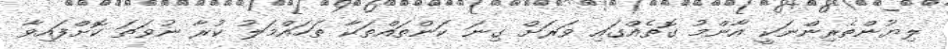
ލިޔުންތެރިންނަކީ އާންމު ގޮތެއްގައި ވަރަށް ގިނަ ކަންތައްތަކާ ތަހައްމަލު ކުރާ ނުވަތަ ކޮށްފައިވާ